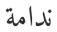
ندامة